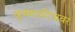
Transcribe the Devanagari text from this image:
कृष्णचरित्रावर